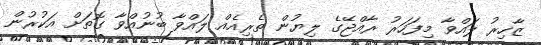
ޒާހިރު ލައްވާ މިފަހަރު ރާއްޖޭގެ ލިޔުން ތެރިއެއް ލައްވާ ބުނުއްވާ ގޮތަށް އަކުރުން